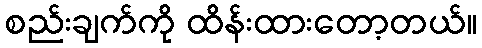
စည်းချက်ကို ထိန်းထားတော့တယ်။